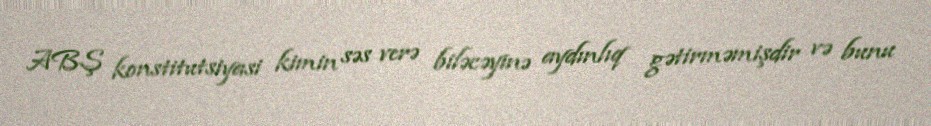
ABŞ konstitutsiyasi kimin səs verə biləcəyinə aydınlıq gətirməmişdir və bunu